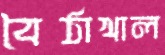
বৈঠাখাল